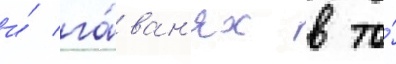
и́ га́ван'ях в то́